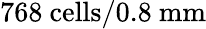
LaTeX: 768~\mathrm{cells}/0.8~\mathrm{mm}